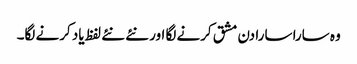
وہ سارا سارا دن مشق کرنے لگا اور نئے نئے لفظ یاد کرنے لگا۔